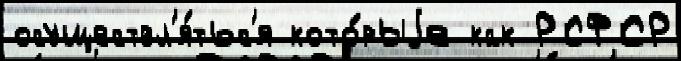
осуществл'я́тьс'я кото́рыjе как РСФСР